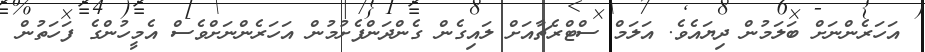
އަހަރެންނަށް ބަލަމުން ދިޔައެވެ. އަލަމް ސްޓްރެޗާއަށް ލައިގެން ގެންދަންފެށުމުން އަހަރެންނަށްވެސް އެމީހުންގެ ފަހަތުން